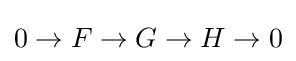
0\rightarrow F\rightarrow G\rightarrow H\rightarrow 0